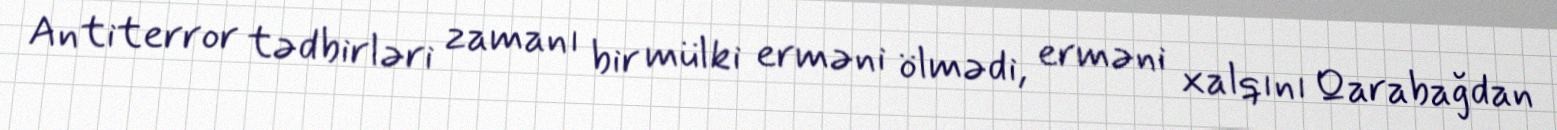
Antiterror tədbirləri zamanı bir mülki erməni ölmədi, erməni xalqını Qarabağdan